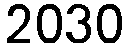
2030